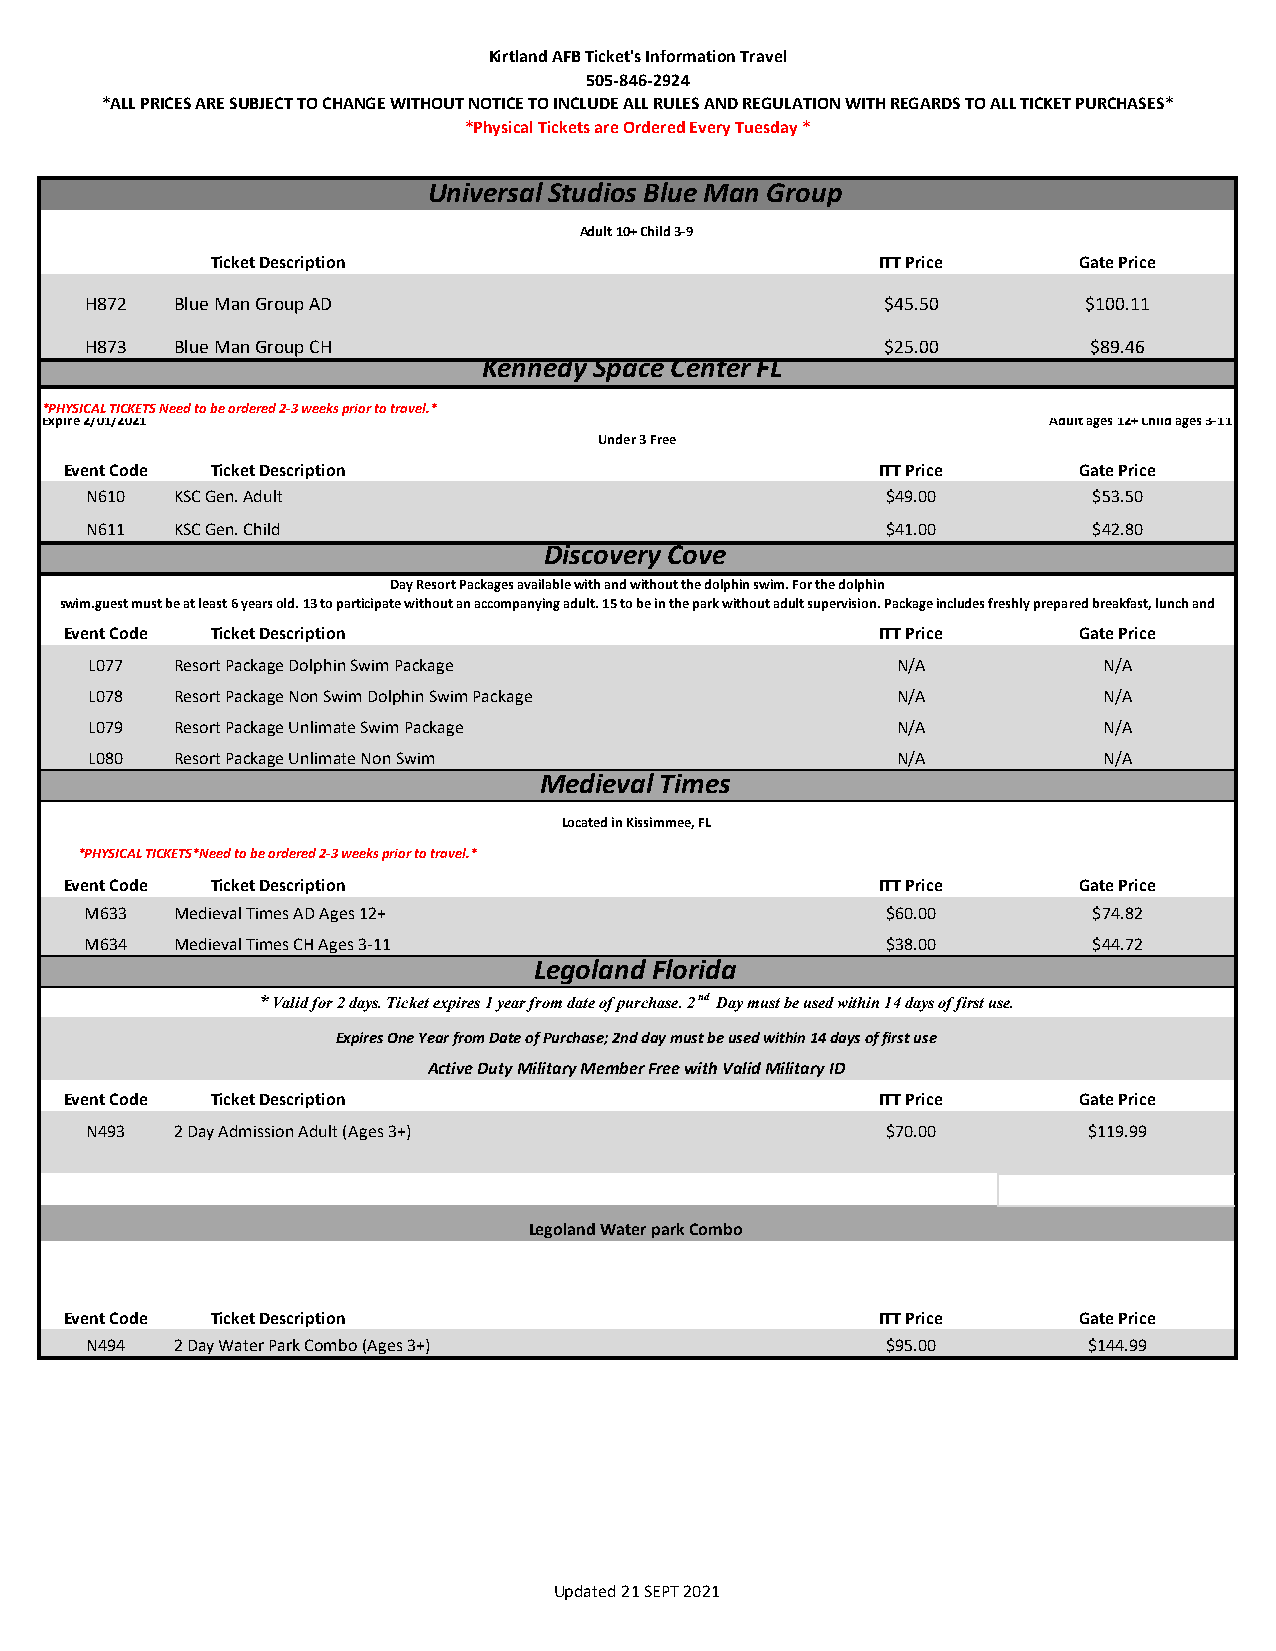
Kirtland AFB Ticket's Information Travel
 505-846-2924
 *ALL PRICES ARE SUBJECT TO CHANGE WITHOUT NOTICE TO INCLUDE ALL RULES AND REGULATION WITH REGARDS TO ALL TICKET PURCHASES*
 *Physical Tickets are Ordered Every Tuesday *
 Universal Studios Blue Man Group
 Adult 10+ Child 3-9
 Ticket Description                           ITT Price    Gate Price
 H872  Blue Man Group AD                              $45.50       $100.11
 H873  Blue Man Group CH                              $25.00       $89.46
 Kennedy Space Center FL
 *PHYSICAL TICKETS Need to be ordered 2-3 weeks prior to travel.*
 Expire 2/01/2021                                                   Adult ages 12+ Child ages 3-11
 Under 3 Free
 Event Code Ticket Description                         ITT Price    Gate Price
 N610  KSC Gen. Adult                                 $49.00        $53.50
 N611  KSC Gen. Child                                 $41.00        $42.80
 Discovery Cove
 Day Resort Packages available with and without the dolphin swim. For the dolphin
 swim.guest must be at least 6 years old. 13 to participate without an accompanying adult. 15 to be in the park without adult supervision. Package includes freshly prepared breakfast, lunch and
 Event Code Ticket Description                         ITT Price    Gate Price
 L077  Resort Package Dolphin Swim Package             N/A          N/A
 L078  Resort Package Non Swim Dolphin Swim Package    N/A          N/A
 L079  Resort Package Unlimate Swim Package            N/A          N/A
 L080  Resort Package Unlimate Non Swim                N/A          N/A
 Medieval Times
 Located in Kissimmee, FL
 *PHYSICAL TICKETS*Need to be ordered 2-3 weeks prior to travel.*
 Event Code Ticket Description                         ITT Price    Gate Price
 M633  Medieval Times AD Ages 12+                     $60.00        $74.82
 M634  Medieval Times CH Ages 3-11                    $38.00        $44.72
 Legoland Florida
 *Valid for 2 days. Ticket expires 1 year from date of purchase. 2nd Day must be used within 14 days of first use.
 Expires One Year from Date of Purchase; 2nd day must be used within 14 days of first use
 Active Duty Military Member Free with Valid Military ID
 Event Code Ticket Description                         ITT Price    Gate Price
 N493  2 Day Admission Adult (Ages 3+)                $70.00       $119.99
 Legoland Water park Combo
 Event Code Ticket Description                         ITT Price    Gate Price
 N494  2 Day Water Park Combo (Ages 3+)               $95.00       $144.99
 Updated 21 SEPT 2021